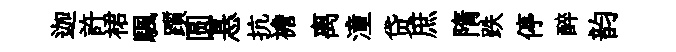
迦許裙颿躓圆悬抗襜离潼贷庶隋跌停醉韵